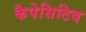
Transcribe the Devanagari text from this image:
कैपेसिटिव